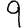
Digit: 9